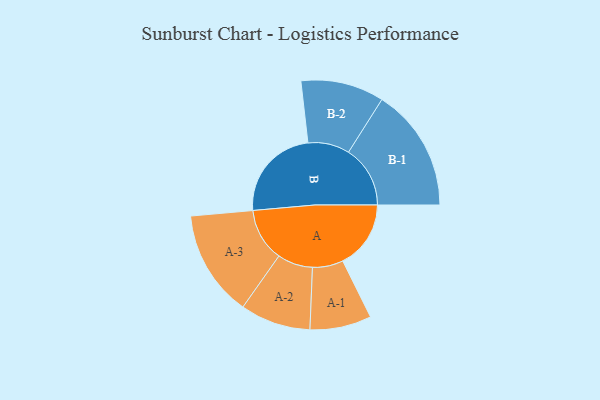
{"axis": {"x": "Segment", "y": "Value"}, "legend": ["", "A", "B"], "data": [{"x": "A", "y": 288, "type": ""}, {"x": "B", "y": 401, "type": ""}, {"x": "A-1", "y": 130, "type": "A"}, {"x": "A-2", "y": 149, "type": "A"}, {"x": "A-3", "y": 225, "type": "A"}, {"x": "B-1", "y": 261, "type": "B"}, {"x": "B-2", "y": 176, "type": "B"}]}